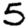
Digit: 5